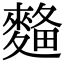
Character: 𪌾